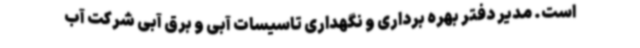
است. مدیر دفتر بهره برداری و نگهداری تاسیسات آبی و برق آبی شرکت آب